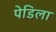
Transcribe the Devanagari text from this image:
पेडिला